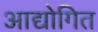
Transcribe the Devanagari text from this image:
आद्योगित